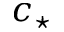
c _ { \star }